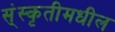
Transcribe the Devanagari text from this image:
स्ंस्कृतीमधील